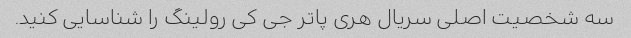
سه شخصیت اصلی سریال هری پاتر جی کی رولینگ را شناسایی کنید.